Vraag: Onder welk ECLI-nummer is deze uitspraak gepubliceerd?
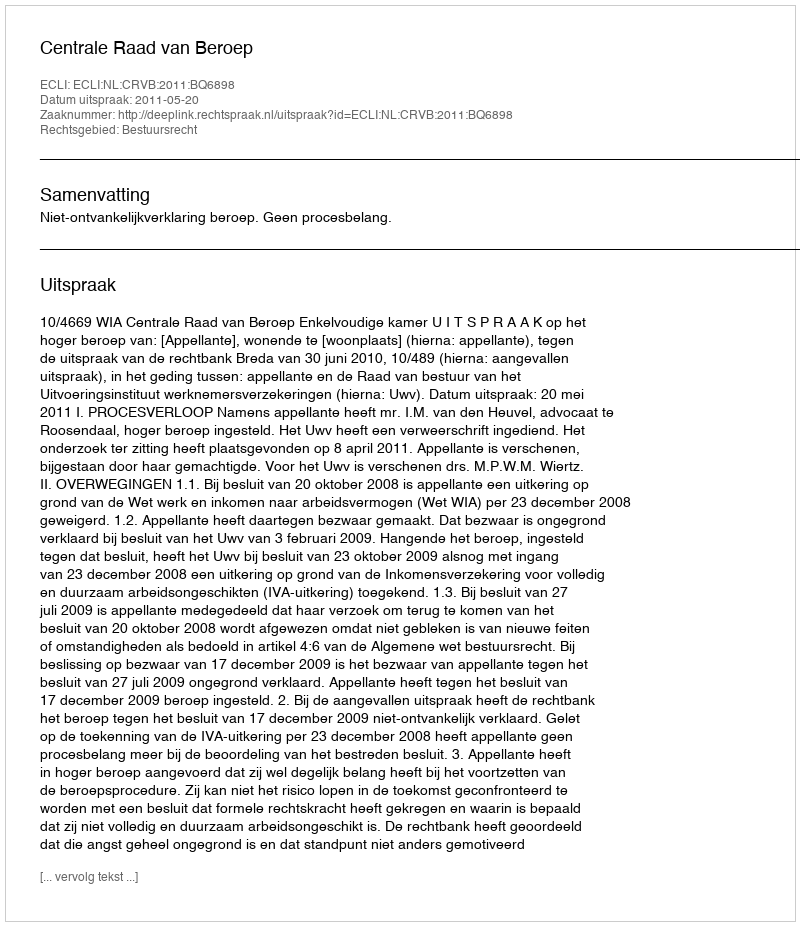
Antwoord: ECLI:NL:CRVB:2011:BQ6898